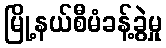
မြို့နယ်စီမံခန့်ခွဲမှု